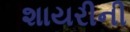
શાયરીની